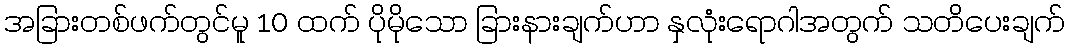
အခြားတစ်ဖက်တွင်မူ 10 ထက် ပိုမိုသော ခြားနားချက်ဟာ နှလုံးရောဂါအတွက် သတိပေးချက်